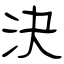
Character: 決